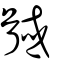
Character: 馘